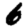
Digit: 6